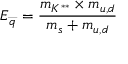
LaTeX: E _ { \stackrel { \_ } { q } } = \frac { m _ { K ^ { * * } } \times m _ { u , d } } { m _ { s } + m _ { u , d } }